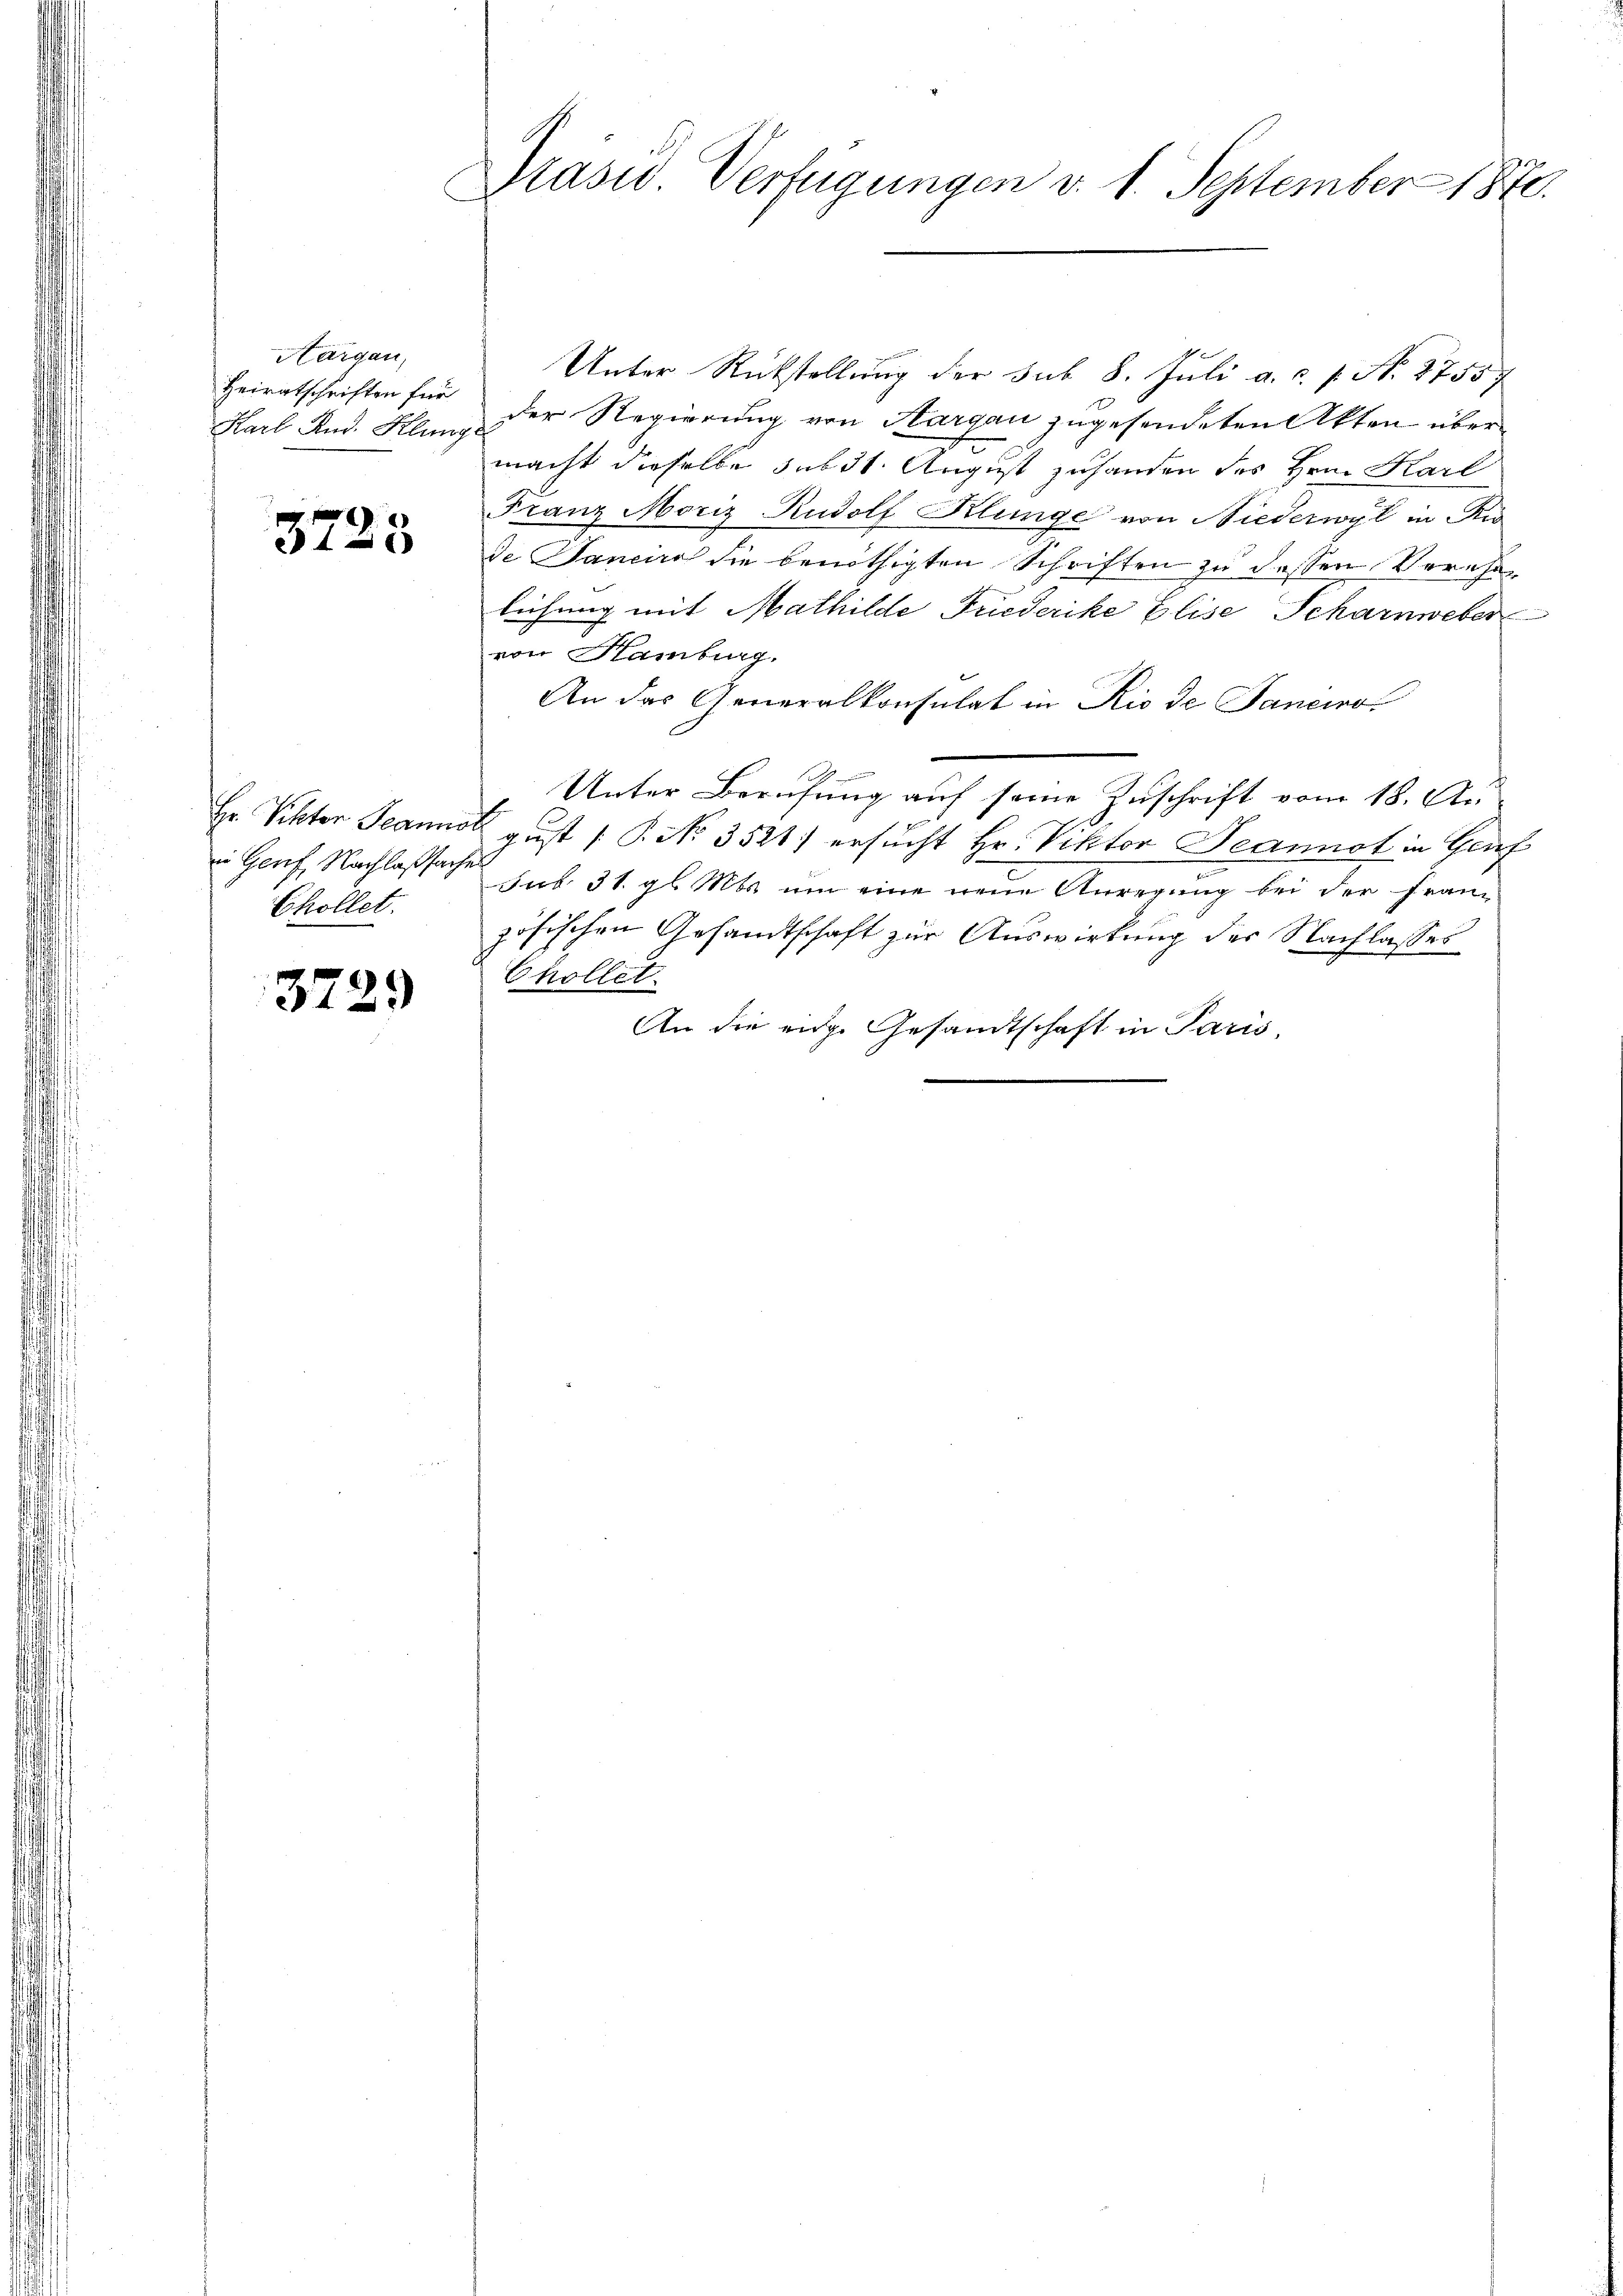
Hargau,
Karl And. Klange

3725

Chollet.

3729

Präsid. Verfügungen v. 1. September 1870.

1
Unter Rückstellung der sub 8. Juli a.c. s. N. 1755
Heiratschriften für der Regierung von Aargau zugesendeten Akten über¬
.
macht dieselbe sub 31. August zuhanden des Hrn. Karl
Franz Moriz Rudolf Klinge von Niederwyl in An
de Janeiro die benöthigten Schriften zu dessen Verehelichung mit Mathilde Friederike Elise Scharnweber
von Hamburg.
An das Generalkonsulat in Rio de Janeiro
Unter Berufung auf seine Zuschrift vom 18. Au-
Hr. Viktor Jeannoll gust [§ 3521) ersucht Hr. Viktor Jeannot in Graf
in Genf, Nachlaßsache sub. 31. gl. Mts. um eine neue Anregung bei der Französischen Gesandtschaft zur Auswirkung der Nachlasses
Chollet.
An die eige Gesandtschaft in Paris.